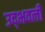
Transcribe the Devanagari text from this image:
उद्‍भवली